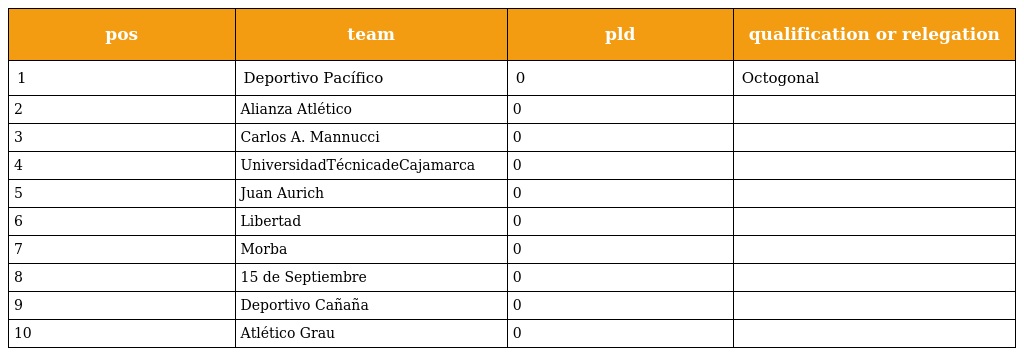
| pos | team | pld | qualification or relegation |
 | --- | --- | --- | --- |
 | 1 | Deportivo Pacífico | 0 | Octogonal |
 | 2 | Alianza Atlético | 0 |  |
 | 3 | Carlos A. Mannucci | 0 |  |
 | 4 | UniversidadTécnicadeCajamarca | 0 |  |
 | 5 | Juan Aurich | 0 |  |
 | 6 | Libertad | 0 |  |
 | 7 | Morba | 0 |  |
 | 8 | 15 de Septiembre | 0 |  |
 | 9 | Deportivo Cañaña | 0 |  |
 | 10 | Atlético Grau | 0 |  |